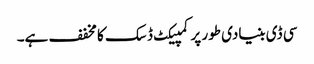
سی ڈی بنیادی طور پر کمپیکٹ ڈسک کا مخفف ہے۔